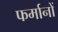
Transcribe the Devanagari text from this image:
फर्मानों